Indian journal of veterinary science and animal husbandry - Volumes 24-25, 1954-1955
Year: 1954
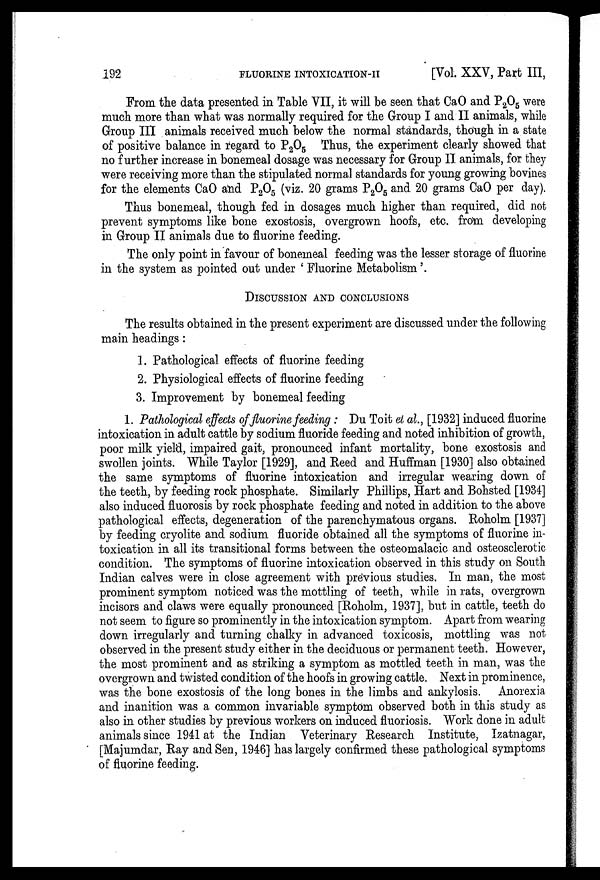
192
FLUORINE
INTOXICATION-II
[Vol. XXV, Part III,
From the data presented in Table VII, it will be seen that CaO and P 2 O 5 were
much more than what was normally required for the Group I and II animals, while
Group III animals received much below the normal standards, though in a state
of positive balance in regard to P 2 O 5 Thus, the experiment clearly showed that
no further increase in bonemeal dosage was necessary for Group II animals, for they
were receiving more than the stipulated normal standards for young growing bovines
for the elements CaO and P 2 O 5 (viz. 20 grams P 2 O 5 and 20 grams CaO per day).
Thus bonemeal, though fed in dosages much higher than required, did not
prevent symptoms like bone exostosis, overgrown hoofs, etc. from developing
in Group II animals due to fluorine feeding.
The only point in favour of bonemeal feeding was the lesser storage of fluorine
in the system as pointed out under 'Fluorine Metabolism'.
DISCUSSION AND CONCLUSIONS
The results obtained in the present experiment are discussed under the following
main headings:
1. Pathological effects of fluorine feeding
2. Physiological effects of fluorine feeding
3. Improvement by bonemeal feeding
1. Pathological effects of fluorine feeding: Du Toit et al., [1932] induced fluorine
intoxication in adult cattle by sodium fluoride feeding and noted inhibition of growth,
poor milk yield, impaired gait, pronounced infant mortality, bone exostosis and
swollen joints. While Taylor [1929], and Reed and Huffman [1930] also obtained
the same symptoms of fluorine intoxication and irregular wearing down of
the teeth, by feeding rock phosphate. Similarly Phillips, Hart and Bohsted [1934]
also induced fluorosis by rock phosphate feeding and noted in addition to the above
pathological effects, degeneration of the parenchymatous organs. Roholm [1937]
by feeding cryolite and sodium fluoride obtained all the symptoms of fluorine in-
toxication in all its transitional forms between the osteomalacic and osteosclerotic
condition. The symptoms of fluorine intoxication observed in this study on South
Indian calves were in close agreement with previous studies. In man, the most
prominent symptom noticed was the mottling of teeth, while in rats, overgrown
incisors and claws were equally pronounced [Roholm, 1937], but in cattle, teeth do
not seem to figure so prominently in the intoxication symptom. Apart from wearing
down irregularly and turning chalky in advanced toxicosis, mottling was not
observed in the present study either in the deciduous or permanent teeth. However,
the most prominent and as striking a symptom as mottled teeth in man, was the
overgrown and twisted condition of the hoofs in growing cattle. Next in prominence,
was the bone exostosis of the long bones in the limbs and ankylosis. Anorexia
and inanition was a common invariable symptom observed both in this study as
also in other studies by previous workers on induced fluoriosis. Work done in adult
animals since 1941 at the Indian Veterinary Research Institute, Izatnagar,
[Majumdar, Ray and Sen, 1946] has largely confirmed these pathological symptoms
of fluorine feeding.